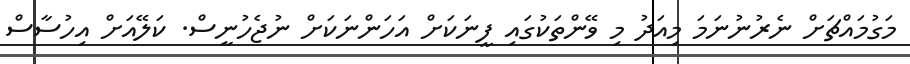
މަގުމައްޗަށް ނެރުނުނަމަ މިއަދު މި ވޭންތަކުގައި ފީނަކަށް އަހަންނަކަށް ނުޖެހުނީސް. ކަލޭއަށް އިހުސާސް